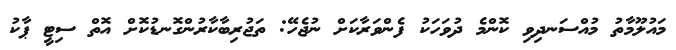
މައުލޫމާތު މުއްސަނދިވި ކޮންމެ ދުވަހަކު ފެންވަރާކަށް ނުޖެހޭ: ތަޖުރިބާކާރުންގޮނޑުކޮށް އޮތް ސިޓީ ޕާކު